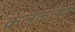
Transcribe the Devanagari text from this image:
कलेकलेने